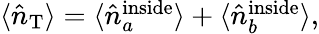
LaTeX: \begin{array}{r}{\langle\hat{n}_{\mathrm{{T}}}\rangle=\langle\hat{n}_{a}^{\mathrm{{inside}}}\rangle+\langle\hat{n}_{b}^{\mathrm{{inside}}}\rangle,}\end{array}